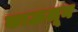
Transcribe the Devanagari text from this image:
काऊलून